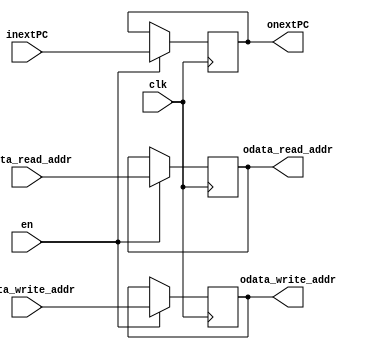
module IFID (
    input  clk,
    input  en,
    input  [7:0] idata_write_addr,
    input  [7:0] idata_read_addr,
    input  [7:0] inextPC,
    output reg [7:0] odata_write_addr,
    output reg [7:0] odata_read_addr,
    output reg [7:0] onextPC
);

  always @(posedge (clk)) begin
    if (en) begin
      odata_write_addr <= idata_write_addr;
      odata_read_addr <= idata_read_addr;
      onextPC <= inextPC;
    end
  end


endmodule